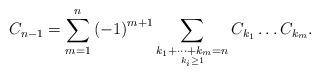
LaTeX: \begin{align*}C_{n-1}=\sum_{m=1}^{n}\left(-1\right)^{m+1}\sum_{\underset{k_{i}\ge1}{k_{1}+\dots+k_{m}=n}}C_{k_{1}}\dots C_{k_{m}}.\end{align*}